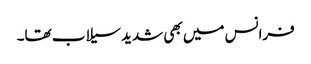
فرانس میں بھی شدید سیلاب تھا۔